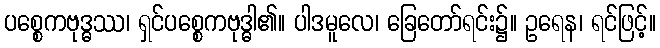
ပစ္စေကဗုဒ္ဓဿ၊ ရှင်ပစ္စေကဗုဒ္ဓါ၏။ ပါဒမူလေ၊ ခြေတော်ရင်း၌။ ဥရေန၊ ရင်ဖြင့်။